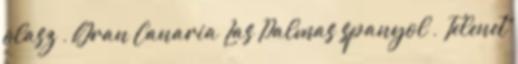
olasz , Gran Canaria Las Palmas spanyol , Telenet